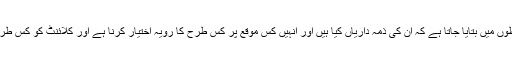
انہیں واضح لفظوں میں بتایا جاتا ہے کہ ان کی ذمہ داریاں کیا ہیں اور انہیں کس موقع پر کس طرح کا رویہ اختیار کرنا ہے اور کلائنٹ کو کس طرح پھانسنا ہے۔